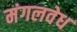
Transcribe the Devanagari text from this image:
मंगलवेध